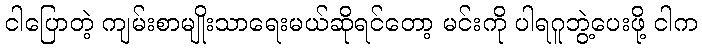
ငါပြောတဲ့ ကျမ်းစာမျိုးသာရေးမယ်ဆိုရင်တော့ မင်းကို ပါရဂူဘွဲ့ပေးဖို့ ငါက